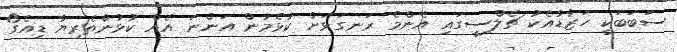
ސަބަބަކީ ހަޒާޑާއެކު ޗެލްސީގައި އެންމެ ރަނގަޅަށް ކުޅެމުން އަންނަ އެއް ކުޅުންތެރިޔާ ޑިއެގޯ